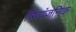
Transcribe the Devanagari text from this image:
त्रिव्यंजनिक